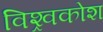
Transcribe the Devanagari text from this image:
विश्र्वकोश